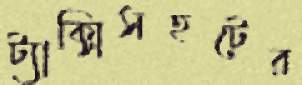
ট্যাক্সিসহটের